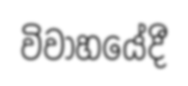
විවාහයේදී